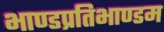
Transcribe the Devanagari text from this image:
भाण्डप्रतिभाण्डम